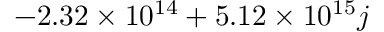
- 2 . 3 2 \times 1 0 ^ { 1 4 } + 5 . 1 2 \times 1 0 ^ { 1 5 } j